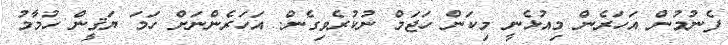
ފެނުމުން އަހަރެން މިއުޅެނީ މިކަން ހަޖަމް ނުކުރެވިގެން. އަހަރެންނަށް ހަމަ ޔަޤީން ހުމާމު